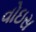
વોઇસ